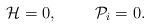
LaTeX: \begin{align*}{\cal H}=0,\;\;\;\;\;\;\;\;{\cal P}_{i}=0.\end{align*}